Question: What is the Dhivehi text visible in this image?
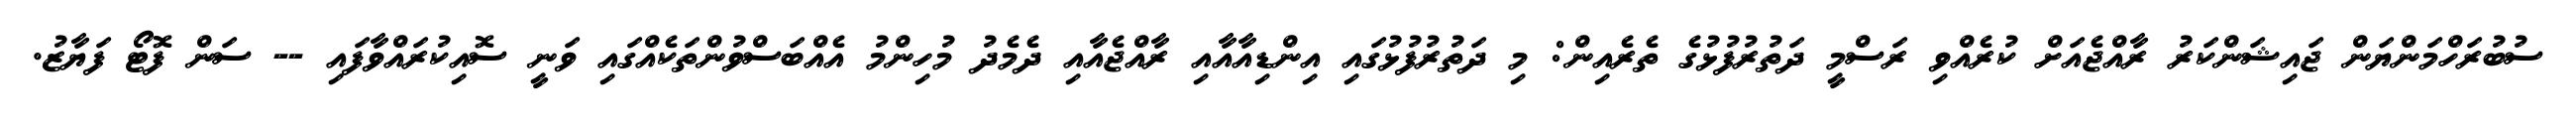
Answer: ސުބުރަހްމަންޔަން ޖައިޝަންކަރު ރާއްޖެއަށް ކުރެއްވި ރަސްމީ ދަތުރުފުޅުގެ ތެރެއިން: މި ދަތުރުފުޅުގައި އިންޑިއާއާއި ރާއްޖެއާއި ދެމެދު މުހިންމު އެއްބަސްވުންތަކެއްގައި ވަނީ ސޮއިކުރައްވާފައި -- ސަން ފޮޓޯ ފަޔާޒު.